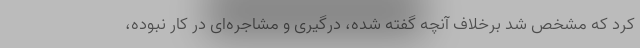
کرد که مشخص شد برخلاف آنچه گفته شده، درگیری و مشاجره‌ای در کار نبوده،